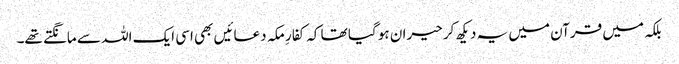
بلکہ میں قرآن میں یہ دیکھ کر حیران ہو گیا تھا کہ کفارِ مکہ دعائیں بھی اسی ایک اللہ سے مانگتے تھے۔